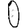
Digit: 0